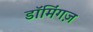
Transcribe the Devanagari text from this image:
डॉमिंगज़